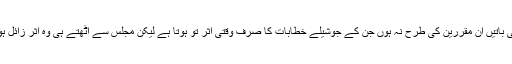
مقررین کی باتیں ان مقررین کی طرح نہ ہوں جن کے جوشیلے خطابات کا صرف وقتی اثر تو ہوتا ہے لیکن مجلس سے اٹھتے ہی وہ اثر زائل ہو جاتا ہے۔